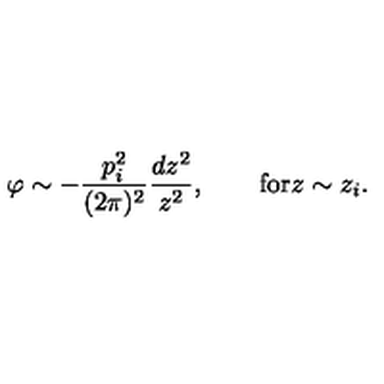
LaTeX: \varphi \sim - { \frac { p _ { i } ^ { 2 } } { ( 2 \pi ) ^ { 2 } } } { \frac { d z ^ { 2 } } { z ^ { 2 } } } , \quad \quad \mathrm { f o r } z \sim z _ { i } .